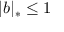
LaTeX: | b | _ { * } \leq 1